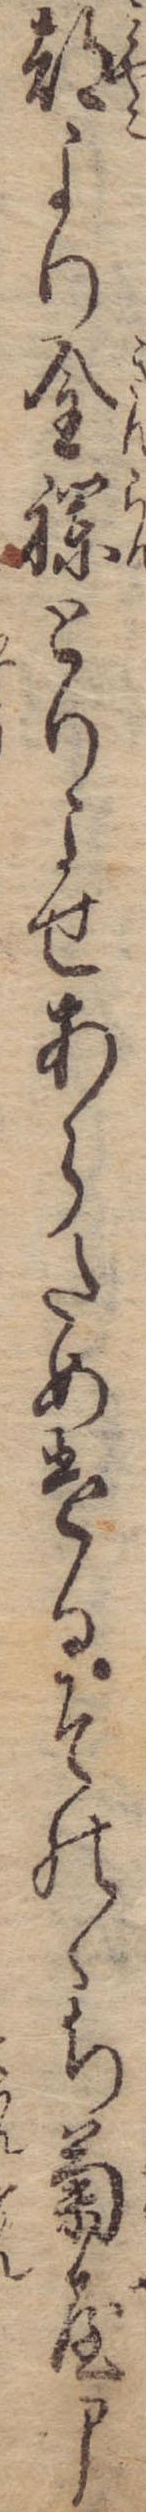
都より金襴とりよせあらためけるそのゝち菊屋申